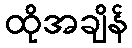
ထိုအချိန်